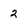
Character: 2